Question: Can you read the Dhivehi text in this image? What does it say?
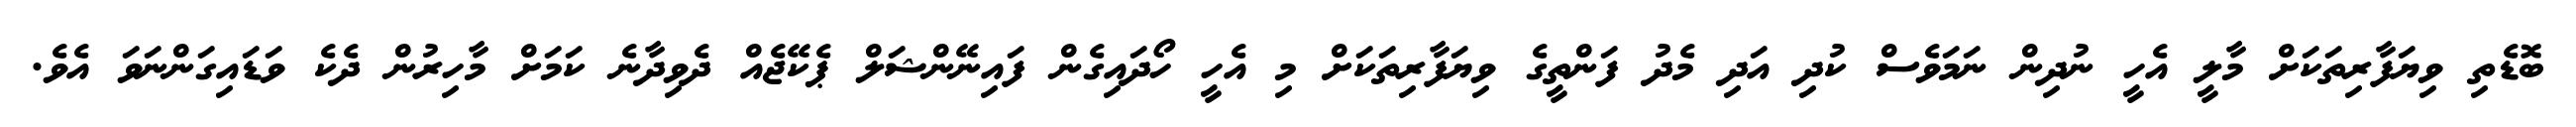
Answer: ބޮޑެތި ވިޔަފާރިތަކަށް މާލީ އެހީ ނުދިން ނަމަވެސް ކުދި އަދި މެދު ފަންތީގެ ވިޔަފާރިތަކަށް މި އެހީ ހޯދައިގެން ފައިނޭންޝަލް ޕެކޭޖެއް ދެވިދާނެ ކަމަށް މާހިރުން ދެކެ ވަޑައިގަންނަވަ އެވެ.